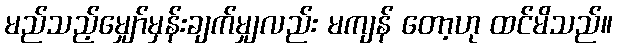
မည်သည့်မျှော်မှန်းချက်မျှလည်း မကျန် တော့ဟု ထင်မိသည်။